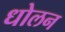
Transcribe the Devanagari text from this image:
धोलन